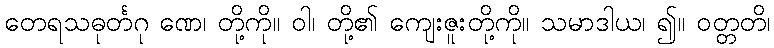
တေရသဓုင်္တဂု ဏေ၊ တို့ကို။ ဝါ၊ တို့၏ ကျေးဇူးတို့ကို။ သမာဒါယ၊ ၍။ ဝတ္တတိ၊